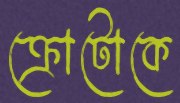
ক্রোটোকে